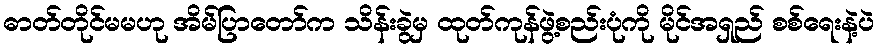
ဓာတ်တိုင်မမဟု အိမ်ပြာတော်က သိန်းခွဲမှ ထုတ်ကုန်ဖွဲ့စည်းပုံကို မိုင်အရှည် စစ်ရေးနဲ့ပဲ